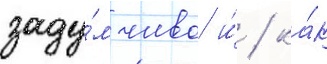
заду́мчиво и́ / ка́к